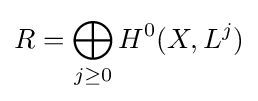
R=\bigoplus _{j\geq 0}H^{0}(X,L^{j})